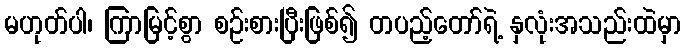
မဟုတ်ပါ၊ ကြာမြင့်စွာ စဉ်းစားပြီးဖြစ်၍ တပည့်တော်ရဲ့ နှလုံးအသည်းထဲမှာ